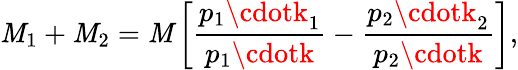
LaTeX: \mathit{M}_{1}+\mathit{M}_{2}=\mathit{M}\left[\frac{{p_{1}\cdotk_{1}}}{{p_{1}\cdotk}}-\frac{{p_{2}\cdotk_{2}}}{{p_{2}\cdotk}}\right],